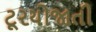
ટૂરયોજાતી